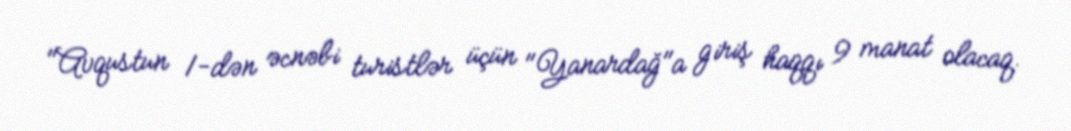
"Avqustun 1-dən əcnəbi turistlər üçün "Yanardağ"a giriş haqqı 9 manat olacaq.